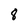
Character: 8